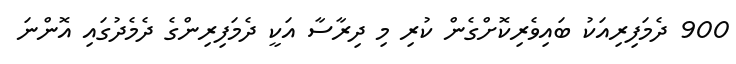
900 ދެމަފިރިއަކު ބައިވެރިކޮށްގެން ކުރި މި ދިރާސާ އަކީ ދެމަފިރިންގެ ދެމެދުގައި އޮންނަ